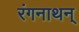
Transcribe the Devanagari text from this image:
रंगनाथन्‌